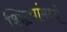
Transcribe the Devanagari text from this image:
शिल्पांमध्ये